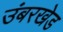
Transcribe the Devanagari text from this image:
उंबरखेड